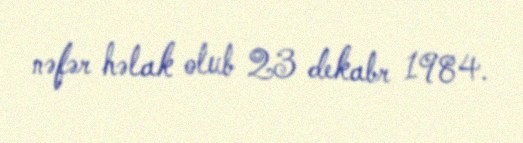
nəfər həlak olub 23 dekabr 1984.